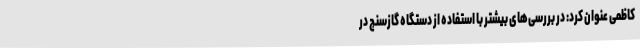
کاظمی عنوان کرد: در بررسی‌های بیشتر با استفاده از دستگاه گازسنج در